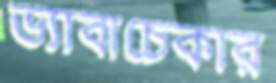
ভ্যাবাচেকার